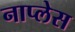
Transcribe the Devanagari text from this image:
नाप्लेस